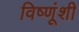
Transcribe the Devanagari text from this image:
विष्णूंशी